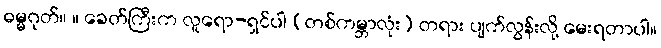
ဓမ္မဂုတ်။ ။ ခေတ်ကြီးက လူရော-ရှင်ပါ (တစ်ကမ္ဘာလုံး) တရား ပျက်လွန်းလို့ မေးရတာပါ။